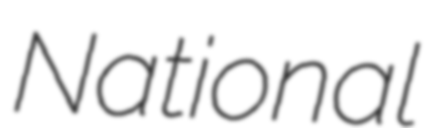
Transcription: National